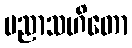
ပညာသဟိတော